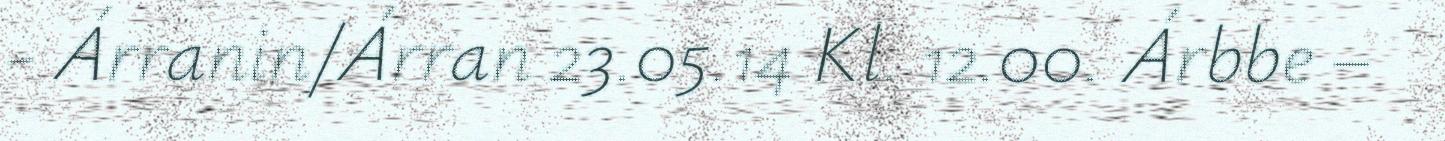
- Árranin/Árran 23.05.14 Kl. 12.00. Árbbe –